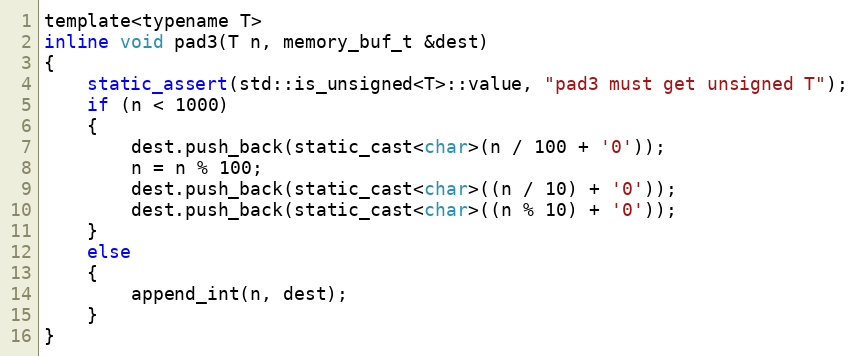
Language: C
template<typename T>
inline void pad3(T n, memory_buf_t &dest)
{
    static_assert(std::is_unsigned<T>::value, "pad3 must get unsigned T");
    if (n < 1000)
    {
        dest.push_back(static_cast<char>(n / 100 + '0'));
        n = n % 100;
        dest.push_back(static_cast<char>((n / 10) + '0'));
        dest.push_back(static_cast<char>((n % 10) + '0'));
    }
    else
    {
        append_int(n, dest);
    }
}